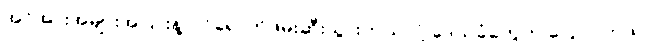
အင်အားအများအပြားနဲ့ ဝင်ရောက်ဖမ်းဆီးသွားတယ်လို့ ဒေသခံတွေက ပြောပါတယ်။